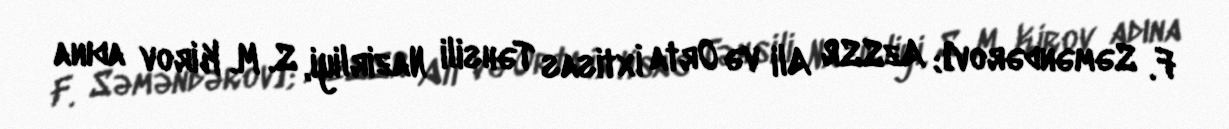
F. Səməndərov]; AzSSR Ali və Orta İxtisas Təhsili Nazirliyi, S. M. Kirov adına